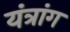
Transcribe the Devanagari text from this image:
यंत्रांग